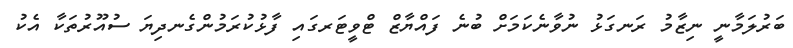
ބަރުލަމާނީ ނިޒާމު ރަނގަޅު ނުވާނެކަމަށް ބުނެ ފައްޔާޒް ޓްވީޓަރގައި ފާޅުކުރަމުންގެނދިޔަ ސުއޫރުތަކާ އެކު